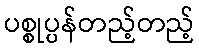
ပစ္စုပ္ပန်တည့်တည့်